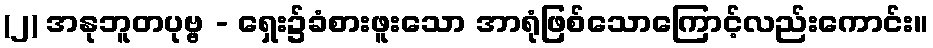
(၂) အနုဘူတပုဗ္ဗ - ရှေး၌ခံစားဖူးသော အာရုံဖြစ်သောကြောင့်လည်းကောင်း။